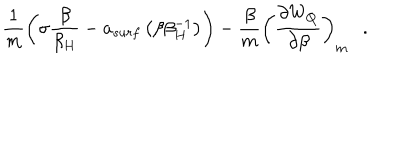
\frac 1 m \left( \sigma { \frac { \beta } { \beta _ { H } } } - a _ { s u r f } \left( \beta \beta _ { H } ^ { - 1 } \right) \right) - { \frac { \beta } { m } } \left( { \frac { \partial W _ { Q } } { \partial \beta } } \right) _ { m } .